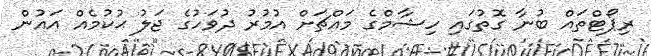
ރިޕޯޓްތައް ބުނާ ގޮތުގައި ހިޝާމްގެ މައްޗަށް އުމުރު ދުވަހުގެ ޖަލު ޙުކުމެއް އައުން